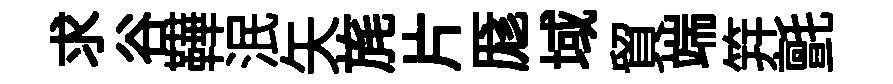
求谷鞾泯矢旄片厖域貿端笄氈